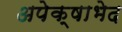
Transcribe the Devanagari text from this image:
अपेक्षाभेद